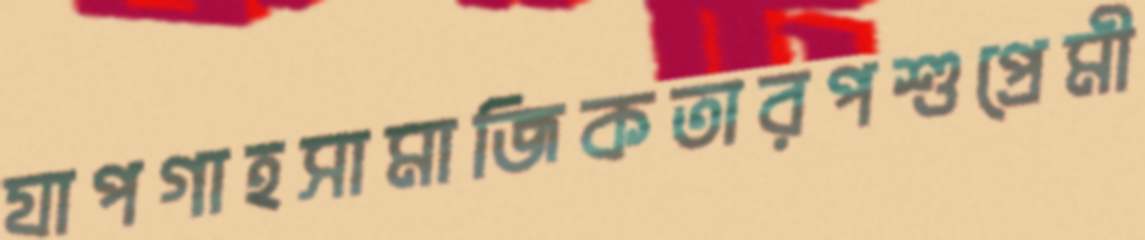
যাপগাহসামাজিকতারপশুপ্রেমী